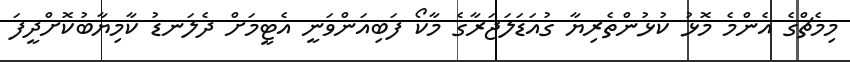
މިމެޗްގެ އެންމެ މޮޅު ކުޅުންތެރިޔާ ގުއަޑަލަޖަރާގެ މާކޯ ފަބިއަންވަނީ އެޓީމަށް ދެލަނޑު ކާމިޔާބުކޮށްދީފަ